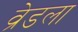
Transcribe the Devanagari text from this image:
व्रेडला